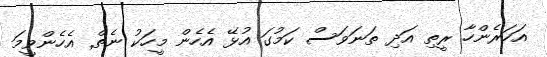
އަހަރެންހާ ރީތި އަދި ތަނަވަސް ކަމުގަ އުޅޭ އެހެން މީހަކު ނެތް